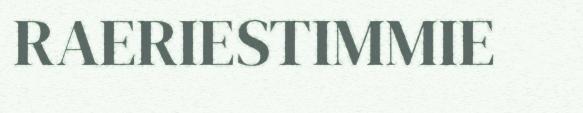
RAERIESTIMMIE